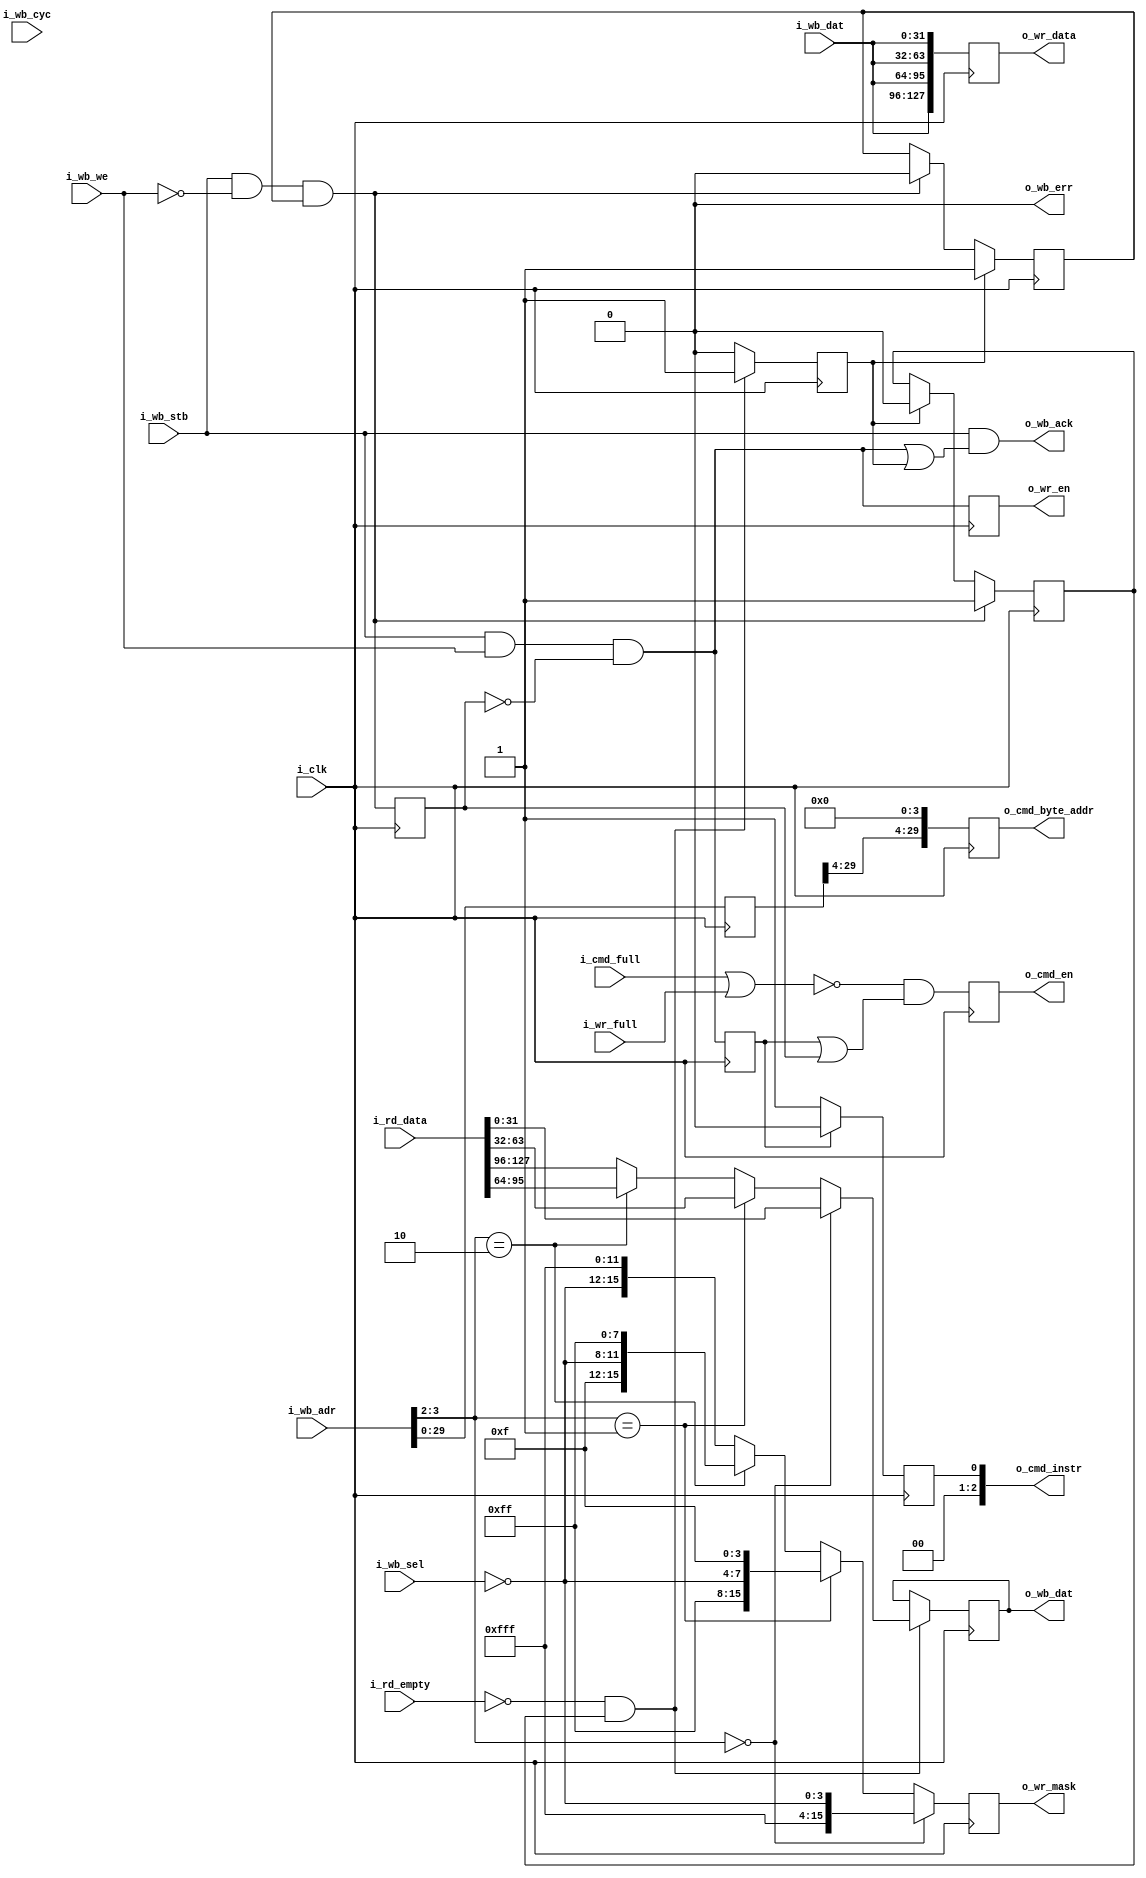
//////////////////////////////////////////////////////////////////
//                                                              //
//  Wishbone Slave to Xilinx MCB (DDR3 controller) Bridge       //
//                                                              //
//  This file is part of the Amber project                      //
//  http://www.opencores.org/project,amber                      //
//                                                              //
//  Description                                                 //
//  Converts wishbone read and write accesses to the signalling //
//  used by the Xilinx DDR3 Controller in Spartan-6 FPGAs.      //
//                                                              //
//  The MCB is confgiured with a single 128-bit port.           //
//                                                              //
//  Author(s):                                                  //
//      - Conor Santifort, csantifort.amber@gmail.com           //
//                                                              //
//////////////////////////////////////////////////////////////////
//                                                              //
// Copyright (C) 2010 Authors and OPENCORES.ORG                 //
//                                                              //
// This source file may be used and distributed without         //
// restriction provided that this copyright statement is not    //
// removed from the file and that any derivative work contains  //
// the original copyright notice and the associated disclaimer. //
//                                                              //
// This source file is free software; you can redistribute it   //
// and/or modify it under the terms of the GNU Lesser General   //
// Public License as published by the Free Software Foundation; //
// either version 2.1 of the License, or (at your option) any   //
// later version.                                               //
//                                                              //
// This source is distributed in the hope that it will be       //
// useful, but WITHOUT ANY WARRANTY; without even the implied   //
// warranty of MERCHANTABILITY or FITNESS FOR A PARTICULAR      //
// PURPOSE.  See the GNU Lesser General Public License for more //
// details.                                                     //
//                                                              //
// You should have received a copy of the GNU Lesser General    //
// Public License along with this source; if not, download it   //
// from http://www.opencores.org/lgpl.shtml                     //
//                                                              //
//////////////////////////////////////////////////////////////////


module wb_ddr3_bridge
(
input                          i_clk,

// MBus Ports
input       [31:0]             i_wb_adr,
input       [3:0]              i_wb_sel,
input                          i_wb_we,
output reg  [31:0]             o_wb_dat         = 'd0,
input       [31:0]             i_wb_dat,
input                          i_wb_cyc,
input                          i_wb_stb,
output                         o_wb_ack,
output                         o_wb_err,

output reg                     o_cmd_en         = 'd0,  // Command Enable
output reg [2:0]               o_cmd_instr      = 'd0,  // write = 000, read = 001
output reg [29:0]              o_cmd_byte_addr  = 'd0,  // Memory address
input                          i_cmd_full,              // DDR3 I/F Command FIFO is full

input                          i_wr_full,               // DDR3 I/F Write Data FIFO is full
output reg                     o_wr_en          = 'd0,  // Write data enable
output reg [15:0]              o_wr_mask        = 'd0,  // 1 bit per byte
output reg [127:0]             o_wr_data        = 'd0,  // 16 bytes write data
input      [127:0]             i_rd_data,               // 16 bytes of read data
input                          i_rd_empty               // low when read data is valid

);
                 
wire            start_write;
wire            start_read;
reg             start_write_d1;
reg             start_read_d1;
reg             start_read_hold = 'd0;
reg  [31:0]     wb_adr_d1;
wire            ddr3_busy;
reg             read_ack = 'd0;
reg             read_ready = 1'd1;

assign start_write = i_wb_stb && i_wb_we && !start_read_d1;
assign start_read  = i_wb_stb && !i_wb_we && read_ready;
assign ddr3_busy   = i_cmd_full || i_wr_full;

assign o_wb_err = 'd0;

// ------------------------------------------------------
// Outputs
// ------------------------------------------------------

// Command FIFO
always @( posedge i_clk )
    begin
    o_cmd_byte_addr  <= {wb_adr_d1[29:4], 4'd0};
    o_cmd_en         <= !ddr3_busy && ( start_write_d1 || start_read_d1 );
    o_cmd_instr      <= start_write_d1 ? 3'd0 : 3'd1;
    end


// ------------------------------------------------------
// Write
// ------------------------------------------------------
always @( posedge i_clk )
    begin
    o_wr_en          <= start_write;
    
    `ifdef XILINX_VIRTEX6_FPGA
        o_wr_mask        <= i_wb_adr[2] == 2'd2 ? { 8'h0, 4'hf,  ~i_wb_sel        } : 
                                                  { 8'h0,        ~i_wb_sel, 4'hf  } ; 
    `else
        o_wr_mask        <= i_wb_adr[3:2] == 2'd0 ? { 12'hfff, ~i_wb_sel          } : 
                            i_wb_adr[3:2] == 2'd1 ? { 8'hff,   ~i_wb_sel, 4'hf    } : 
                            i_wb_adr[3:2] == 2'd2 ? { 4'hf,    ~i_wb_sel, 8'hff   } : 
                                                    {          ~i_wb_sel, 12'hfff } ; 
    `endif
    
    o_wr_data        <= {4{i_wb_dat}};
    end

    
// ------------------------------------------------------
// Read
// ------------------------------------------------------

always @( posedge i_clk )
    begin
    if ( read_ack )
        read_ready <= 1'd1;
    else if ( start_read )
        read_ready <= 1'd0;
    
    start_write_d1  <= start_write;
    start_read_d1   <= start_read;
    wb_adr_d1       <= i_wb_adr;
    
    if ( start_read  )
        start_read_hold <= 1'd1;
    else if ( read_ack )
        start_read_hold <= 1'd0;
    
    if ( i_rd_empty == 1'd0 && start_read_hold )
        begin
        `ifdef XILINX_VIRTEX6_FPGA
            o_wb_dat  <= i_wb_adr[2] == 2'd2   ? i_rd_data[  31:0] :
                                                 i_rd_data[ 63:32] ;
        `else
            o_wb_dat  <= i_wb_adr[3:2] == 2'd0 ? i_rd_data[ 31: 0] :
                         i_wb_adr[3:2] == 2'd1 ? i_rd_data[ 63:32] :
                         i_wb_adr[3:2] == 2'd2 ? i_rd_data[ 95:64] :
                                                 i_rd_data[127:96] ;
        `endif
        read_ack  <= 1'd1;
        end
    else
        read_ack  <= 1'd0;
    end
                    
assign o_wb_ack = i_wb_stb && ( start_write || read_ack );


// Debug DDR3 - Wishbone Bridge  - not synthesizable
// ========================================================
//synopsys translate_off

`ifdef LP_MEMIF_DEBUG
    always @( posedge i_clk )
        begin
        if (start_write)
            $display("DDR3 Write Addr 0x%08x Data 0x%08h %08h %08h %08h, BE %d%d%d%d %d%d%d%d %d%d%d%d %d%d%d%d", 
                     i_i_wb_adr, i_mwdata[127:96], i_mwdata[95:64], i_mwdata[63:32], i_mwdata[31:0],
                     i_mwben[15], i_mwben[14], i_mwben[13], i_mwben[12], 
                     i_mwben[11], i_mwben[10], i_mwben[9],  i_mwben[8], 
                     i_mwben[7],  i_mwben[6],  i_mwben[5],  i_mwben[4], 
                     i_mwben[3],  i_mwben[2],  i_mwben[1],  i_mwben[0] 
                     );
                     
        if (i_rd_empty == 1'd0)
            $display("DDR3 Read  Addr 0x%08x Data 0x%08h %08h %08h %08h", 
                     i_i_wb_adr, i_rd_data[127:96], i_rd_data [95:64], i_rd_data [63:32], i_rd_data [31:0]);
        end
`endif
//synopsys translate_on

    
endmodule